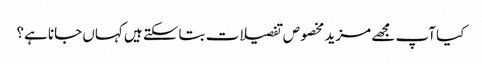
کیا آپ مجھے مزید مخصوص تفصیلات بتاسکتے ہیں کہاں جانا ہے؟